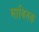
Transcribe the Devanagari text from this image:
माबिनक